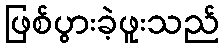
ဖြစ်ပွားခဲ့ဖူးသည်